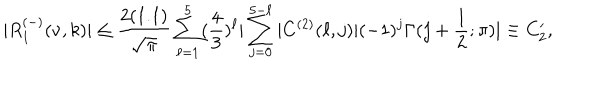
| R _ { 1 } ^ { ( - ) } ( \nu , k ) | \leq \frac { 2 ( 1 . 1 ) } { \sqrt { \pi } } \sum _ { \ell = 1 } ^ { 5 } ( \frac { 4 } { 3 } ) ^ { \ell } | \sum _ { j = 0 } ^ { 5 - \ell } | C ^ { ( 2 ) } ( \ell , j ) | ( - 1 ) ^ { j } \Gamma ( j + \frac { 1 } { 2 } ; \pi ) | \equiv C _ { 2 } ^ { \prime } ,